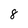
Character: 8